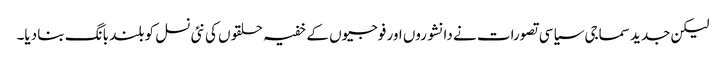
لیکن جدید سماجی سیاسی تصورات نے دانشوروں اور فوجیوں کے خفیہ حلقوں کی نئی نسل کو بلند بانگ بنا دیا۔